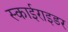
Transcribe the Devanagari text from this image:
स्काईराइडर